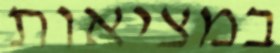
במציאות